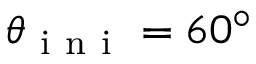
\theta _ { \mathrm { ~ i ~ n ~ i ~ } } = 6 0 ^ { \circ }